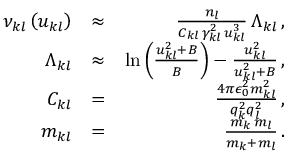
\begin{array} { r l r } { \nu _ { k l } \left( u _ { k l } \right) } & { \approx } & { \frac { n _ { l } } { C _ { k l } \, \gamma _ { k l } ^ { 2 } \, u _ { k l } ^ { 3 } } \, \Lambda _ { k l } \, , } \\ { \Lambda _ { k l } } & { \approx } & { \ln \left( \frac { u _ { k l } ^ { 2 } + B } { B } \right) - \frac { u _ { k l } ^ { 2 } } { u _ { k l } ^ { 2 } + B } \, , } \\ { C _ { k l } } & { = } & { \frac { 4 \pi \epsilon _ { 0 } ^ { 2 } m _ { k l } ^ { 2 } } { q _ { k } ^ { 2 } q _ { l } ^ { 2 } } \, , } \\ { m _ { k l } } & { = } & { \frac { m _ { k } \, m _ { l } } { m _ { k } + m _ { l } } \, . } \end{array}